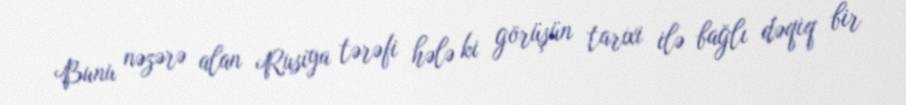
Bunu nəzərə alan Rusiya tərəfi hələ ki görüşün tarixi ilə bağlı dəqiq bir